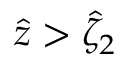
\hat { z } > \hat { \zeta } _ { 2 }